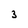
Character: 3